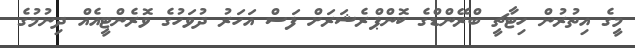
މީގެ އިތުރުން ހިޓާޗީ ބްރޭންޑްގެ ކޮންޕްރެޝަރަށް ފަސް އަހަރު ދުވަހުގެ ވޮރެންޓީއެއް ދިނުމުގެ